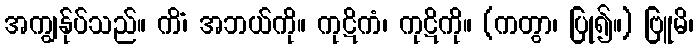
အကျွန်ုပ်သည်။ ကိံ၊ အဘယ်ကို။ ကုဋိကံ၊ ကုဋိကို။ (ကတွာ၊ ပြု၍။) ဗြူမိ၊